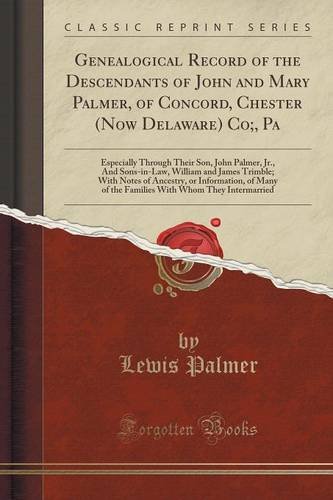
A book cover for Genealogical Record of the Descendants of John and Mary Palmer, of Concord, Chester (Now Delaware) Co;, Pa: Especially Through Their Son, John Palmer, ... of Ancestry, or Information, of Many of the; Lewis Palmer; Reference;